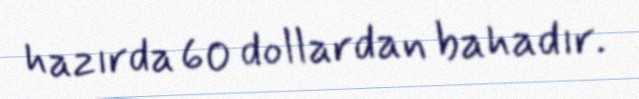
hazırda 60 dollardan bahadır.